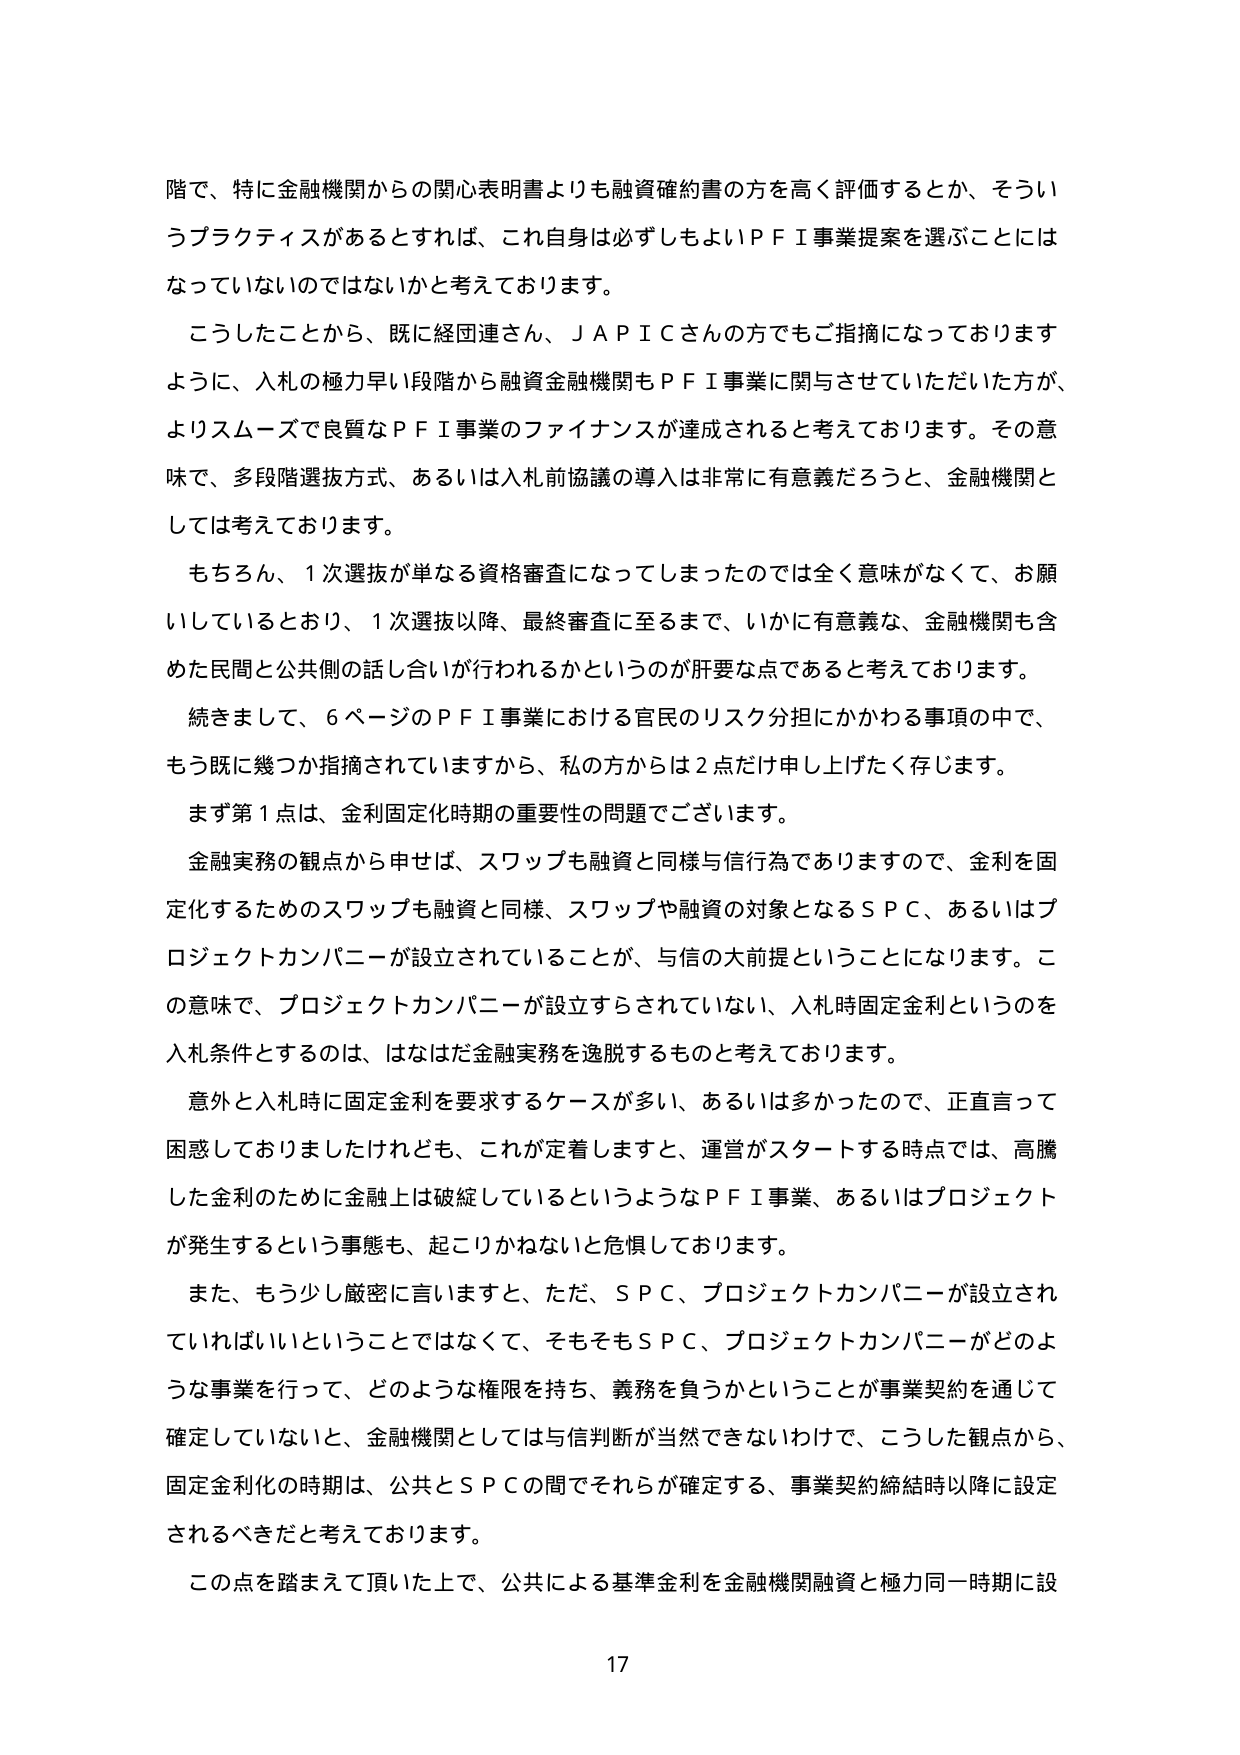
階で、特に金融機関からの関心表明書よりも融資確約書の方を高く評価するとか、そういうプラクティスがあるとすれば、これ自身は必ずしもよいＰＦＩ事業提案を選ぶことにはなっていないのではないかと考えております。

こうしたことから、既に経団連さん、ＪＡＰＩＣさんの方でもご指摘になっておりますように、入札の極力早い段階から融資金融機関もＰＦＩ事業に関与させていただいた方が、よりスムーズで良質なＰＦＩ事業のファイナンスが達成されると考えております。その意味で、多段階選抜方式、あるいは入札前協議の導入は非常に有意義だろうと、金融機関としては考えております。

もちろん、１次選抜が単なる資格審査になってしまったのでは全く意味がなくて、お願いしているとおり、１次選抜以降、最終審査に至るまで、いかに有意義な、金融機関も含めた民間と公共側の話し合いが行われるかというのが肝要な点であると考えております。

続きまして、６ページのＰＦＩ事業における官民のリスク分担にかかわる事項の中で、もう既に幾つか指摘されていますから、私の方からは２点だけ申し上げたく存じます。

まず第１点は、金利固定化時期の重要性の問題でございます。

金融実務の観点から申せば、スワップも融資と同様与信行為でありますので、金利を固定化するためのスワップも融資と同様、スワップや融資の対象となるＳＰＣ、あるいはプロジェクトカンパニーが設立されていることが、与信の大前提ということになります。この意味で、プロジェクトカンパニーが設立すらされていない、入札時固定金利というのを入札条件とするのは、はなはだ金融実務を逸脱するものと考えております。

意外と入札時に固定金利を要求するケースが多い、あるいは多かったので、正直言って困惑しておりましたけれども、これが定着しますと、運営がスタートする時点では、高騰した金利のために金融上は破綻しているというようなＰＦＩ事業、あるいはプロジェクトが発生するという事態も、起こりかねないと危惧しております。

また、もう少し厳密に言いますと、ただ、ＳＰＣ、プロジェクトカンパニーが設立されていればいいということではなくて、そもそもＳＰＣ、プロジェクトカンパニーがどのような事業を行って、どのような権限を持ち、義務を負うかということが事業契約を通じて確定していないと、金融機関としては与信判断が当然できないわけで、こうした観点から、固定金利化の時期は、公共とＳＰＣの間でそれらが確定する、事業契約締結時以降に設定されるべきだと考えております。

この点を踏まえて頂いた上で、公共による基準金利を金融機関融資と極力同一時期に設

17